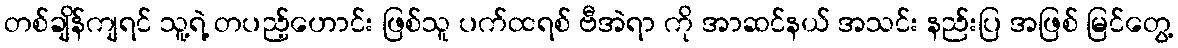
တစ်ချိန်ကျရင် သူ့ရဲ့ တပည့်ဟောင်း ဖြစ်သူ ပက်ထရစ် ဗီအဲရာ ကို အာဆင်နယ် အသင်း နည်းပြ အဖြစ် မြင်တွေ့